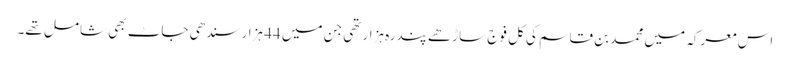
اس معرکہ میں محمد بن قاسم کی کل فوج ساڑھے پندرہ ہزار تھی جن میں 44 ہزار سندھی جاٹ بھی شامل تھے۔